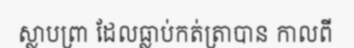
ស្លាបព្រា ដែលធ្លាប់កត់ត្រាបាន កាលពី